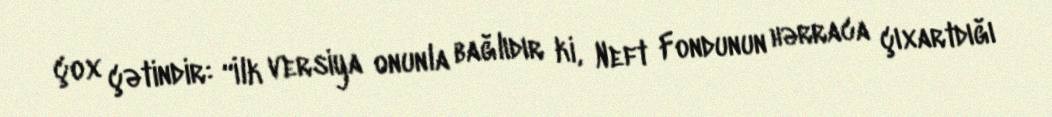
çox çətindir: “İlk versiya onunla bağlıdır ki, Neft Fondunun hərraca çıxartdığı